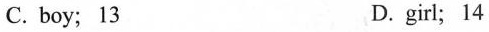
C. boy; 13 D.girl; 14